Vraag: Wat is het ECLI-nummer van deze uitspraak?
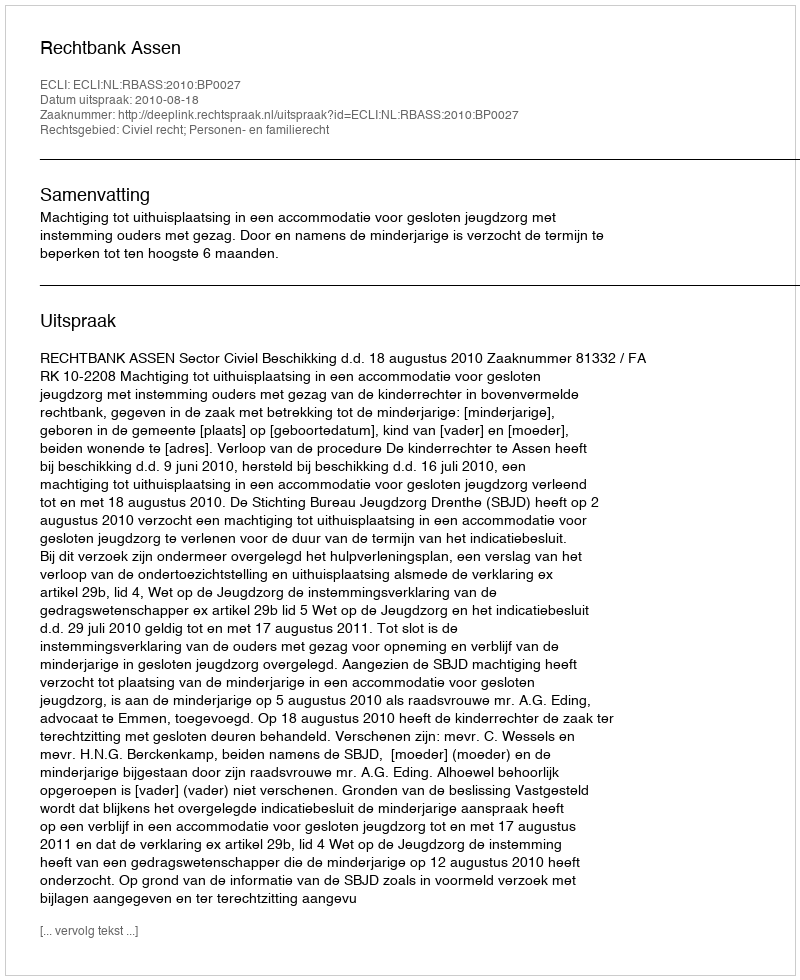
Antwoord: ECLI:NL:RBASS:2010:BP0027